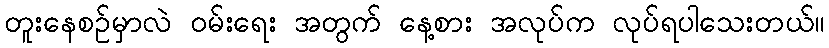
တူးနေစဉ်မှာလဲ ဝမ်းရေး အတွက် နေ့စား အလုပ်က လုပ်ရပါသေးတယ်။